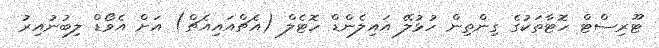
ޓޫރިސްޓް ހޮޓާތަކުގެ ގިންތިން ހުޅުލޭ އައިލެންޑް ހޮޓެލް (އެޗްއައިއެޗް) އަށް އެވޯޑް ލިބުނުއިރު